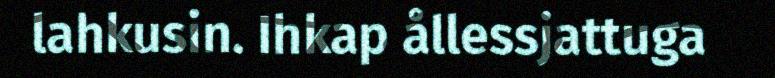
lahkusin. Ihkap ållessjattuga